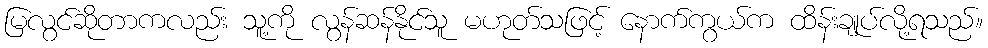
မြလွင်ဆိုတာကလည်း သူ့ကို လွန်ဆန်နိုင်သူ မဟုတ်သဖြင့် နောက်ကွယ်က ထိန်းချုပ်လို့ရသည်။